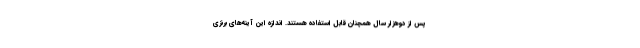
پس از دوهزار سال همچنان قابل استفاده هستند. اندازه این آینه‌های برنزی